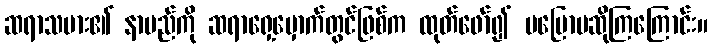
ဆရာသမား၏ နာမည်ကို ဆရာရှေ့မှောက်တွင်ဖြစ်က ထုတ်ဖော်၍ မပြောမဆိုကြကြောင်း။